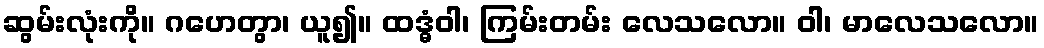
ဆွမ်းလုံးကို။ ဂဟေတွာ၊ ယူ၍။ ထဒ္ဓံဝါ၊ ကြမ်းတမ်း လေသလော။ ဝါ၊ မာလေသလော။